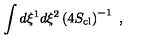
\int d \xi ^ { 1 } d \xi ^ { 2 } \left( 4 S _ { \mathrm { c l } } \right) ^ { - 1 } \ ,